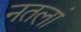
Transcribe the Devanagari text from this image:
नतलां